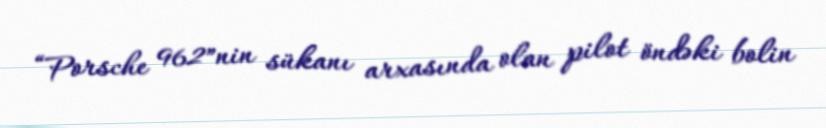
“Porsche 962″nin sükanı arxasında olan pilot öndəki bolin